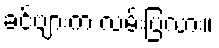
ခင်ဗျားက လမ်းပြလား။